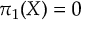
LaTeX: \pi _ { 1 } ( X ) = 0